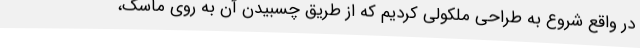
در واقع شروع به طراحی ملکولی کردیم که از طریق چسبیدن آن به روی ماسک،